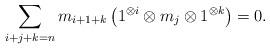
LaTeX: \begin{align*}\sum_{i+j+k=n} m_{i+1+k} \left( 1^{\otimes i} \otimes m_j \otimes 1^{\otimes k} \right) = 0.\end{align*}